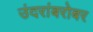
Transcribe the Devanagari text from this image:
उंदरांबरोबर